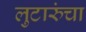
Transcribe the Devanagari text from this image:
लुटारुंचा